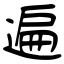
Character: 遍